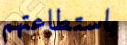
باستطاعتهم